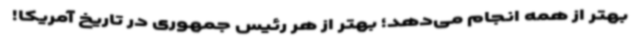
بهتر از همه انجام می‌دهد؛ بهتر از هر رئیس جمهوری در تاریخ آمریکا!